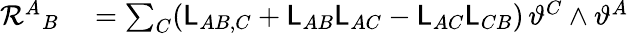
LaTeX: \begin{array}{rl}{\mathcal{R}^{A}{}_{B}}&{{}=\sum_{C}(\mathsf{L}_{AB,C}+\mathsf{L}_{AB}\mathsf{L}_{AC}-\mathsf{L}_{AC}\mathsf{L}_{CB})\, \vartheta^{C}\wedge\vartheta^{A}}\end{array}